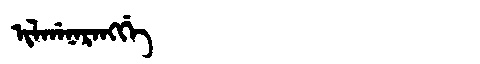
Manchu: ᡳᠯᡤᠠᠨᠠᡵᠠᠩᡤᡝ
Romanization: ILGANARANGGE